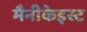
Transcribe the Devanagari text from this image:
मैनीकेइस्ट